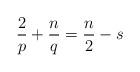
LaTeX: \begin{align*}\frac{2}{p} + \frac{n}{q} = \frac{n}{2} - s\end{align*}